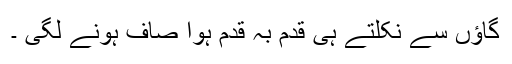
گاﺅں سے نکلتے ہی قدم بہ قدم ہوا صاف ہونے لگی ۔